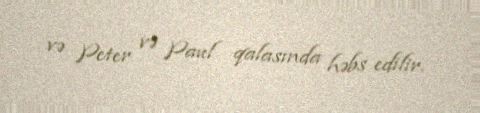
və Peter və Paul qalasında həbs edilir.